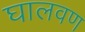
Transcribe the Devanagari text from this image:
घालवण